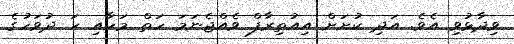
ވިދާޅުވި އެވެ. އަދި ކުށަށް އިއުތިރާފް ވެއްޖެނަމަ ހަތް މަހާއި ހަ ދުވަހުގެ